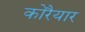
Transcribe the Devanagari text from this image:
कोरैयार